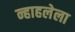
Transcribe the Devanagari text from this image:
न्हाहलेला